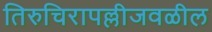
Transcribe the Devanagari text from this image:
तिरुचिरापल्लीजवळील